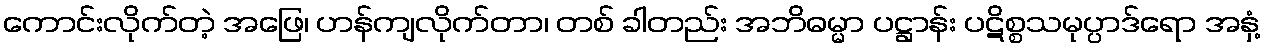
ကောင်းလိုက်တဲ့ အဖြေ၊ ဟန်ကျလိုက်တာ၊ တစ် ခါတည်း အဘိဓမ္မာ ပဋ္ဌာန်း ပဋိစ္စသမုပ္ပာဒ်ရော အနှံ့